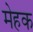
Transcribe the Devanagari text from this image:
मेहक